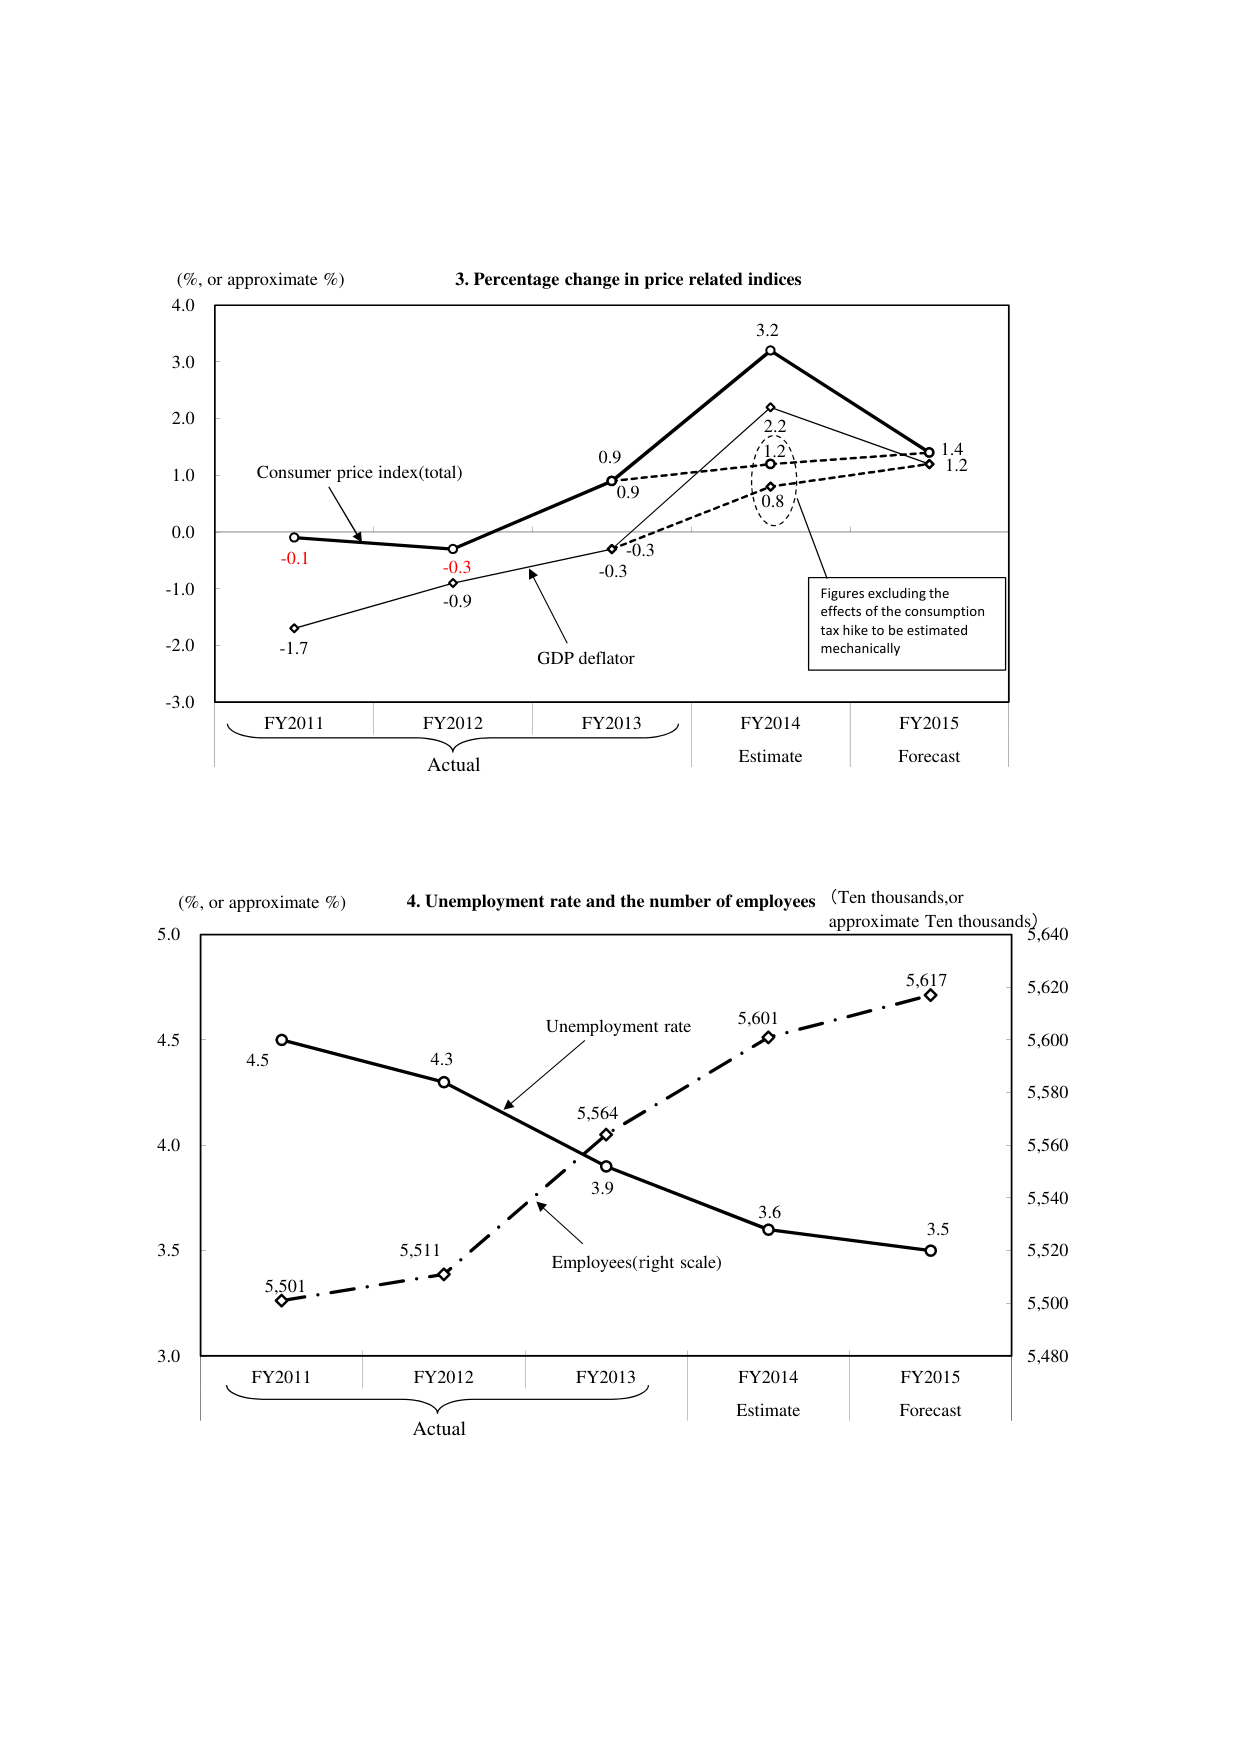
(%，or approximate %)
3. Percentage change in price related indices
4.0
3.0
2.0
1.0
0.0
-1.0
-2.0
-3.0
Consumer price index(total)
-0.1
-1.7
-0.3
-0.9
0.9
-0.3
0.9
3.2
2.2
1.2
1.4
1.2
0.8
GDP deflator
Figures excluding the
effects of the consumption
tax hike to be estimated
mechanically
FY2011
FY2012
FY2013
FY2014
FY2015
Actual
Estimate
Forecast
(%，or approximate %)
4. Unemployment rate and the number of employees
(Ten thousands,or
approximate Ten thousands)
5.0
4.5
4.0
3.5
3.0
5,640
5,620
5,600
5,580
5,560
5,540
5,520
5,500
5,480
4.5
4.3
3.9
3.6
3.5
5,501
5,511
5,564
5,601
5,617
Unemployment rate
Employees(right scale)
FY2011
FY2012
FY2013
FY2014
FY2015
Actual
Estimate
Forecast